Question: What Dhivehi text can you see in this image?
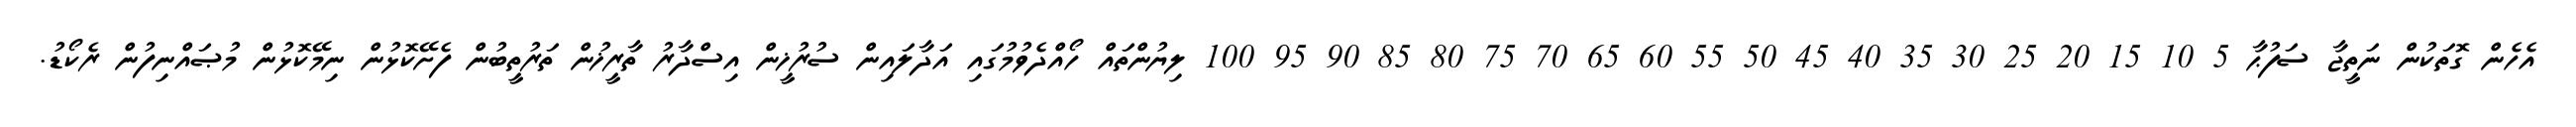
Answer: އެހެން ގޮތަކުން ނަތީޖާ ސަފުޙާ 5 10 15 20 25 30 35 40 45 50 55 60 65 70 75 80 85 90 95 100 ލިޔުންތައް ހޯއްދެވުމުގައި އަދާލައިން ސުރުޚީން އިސްދާރު ތާރީޚުން ތަރުތީބުން ފެށޭކޮޅުން ނިމޭކޮޅުން މުޞައްނިފުން ރެކޯޑު.